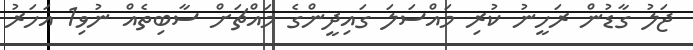
ޖަލު ގާޑުން ރަހީނު ކުރި މައްސަލަ ގައިދީންގެ މައްޗަށް ސާބިތެއް ނުވި1 އަހަރު